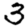
Digit: 3